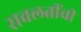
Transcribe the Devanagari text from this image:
सवलतींची